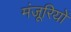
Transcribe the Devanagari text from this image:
मंजूरियों